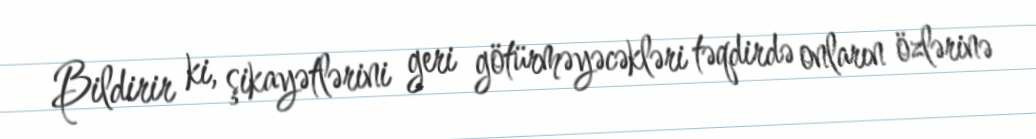
Bildirir ki, şikayətlərini geri götürməyəcəkləri təqdirdə onların özlərinə